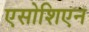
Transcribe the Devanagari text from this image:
एसोशिएन